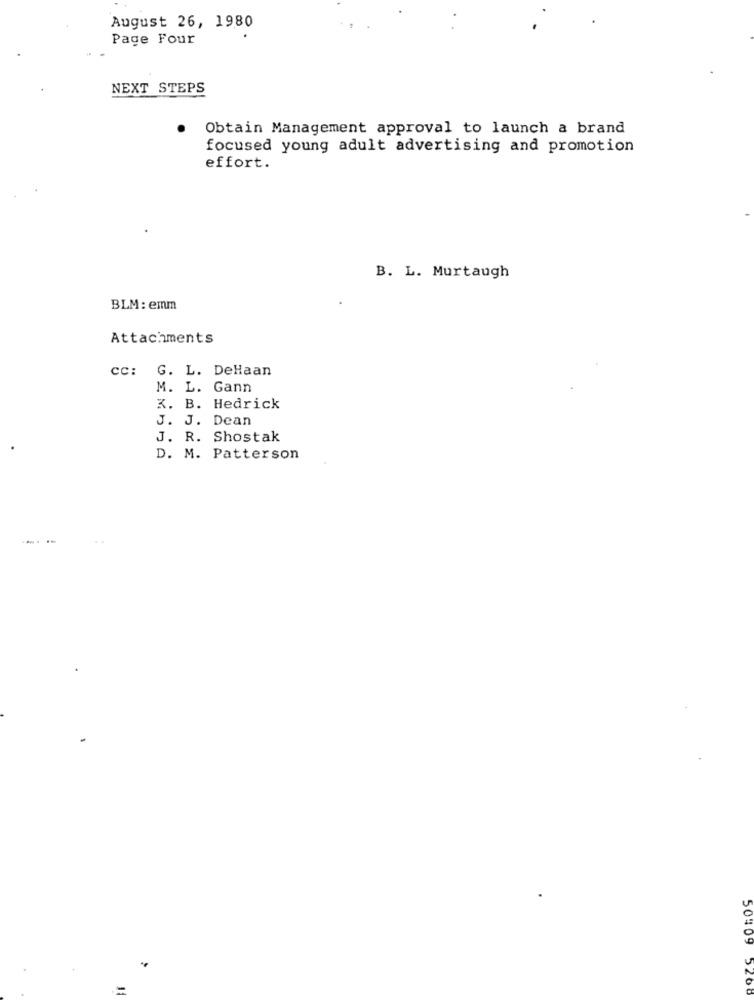
August 26, 1980
Page Four
NEXT STEPS
Obtain Management approval to launch a brand
focused young adult advertising and promotion
effort.
B. L. Murtaugh
BLM: emm
Attachments
CC: G. L. DeHaan
M. L. Gann
K. B. Hedrick
J. J. Dean
J. R. Shostak
D. M. Patterson
50409
5260